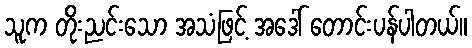
သူက တိုးညင်းသော အသံဖြင့် အဒေါ် တောင်းပန်ပါတယ်။